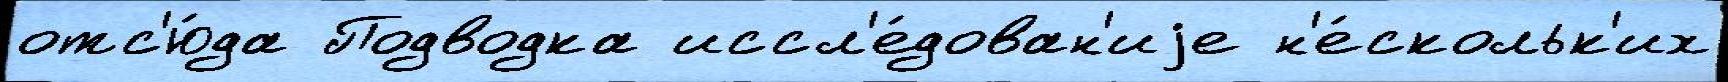
отс'ю́да Подводка иссл'е́дован'иjе н'е́скольк'их